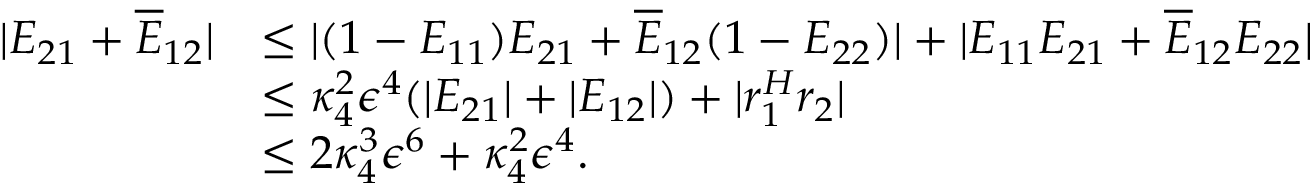
\begin{array} { r l } { | E _ { 2 1 } + \overline { { E } } _ { 1 2 } | } & { \leq | ( 1 - E _ { 1 1 } ) E _ { 2 1 } + \overline { { E } } _ { 1 2 } ( 1 - E _ { 2 2 } ) | + | E _ { 1 1 } E _ { 2 1 } + \overline { { E } } _ { 1 2 } E _ { 2 2 } | } \\ & { \leq \kappa _ { 4 } ^ { 2 } \epsilon ^ { 4 } ( | E _ { 2 1 } | + | E _ { 1 2 } | ) + | r _ { 1 } ^ { H } r _ { 2 } | } \\ & { \leq 2 \kappa _ { 4 } ^ { 3 } \epsilon ^ { 6 } + \kappa _ { 4 } ^ { 2 } \epsilon ^ { 4 } . } \end{array}